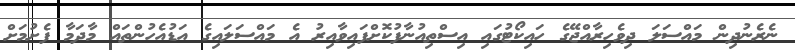
ނެރެނުދިން މައްސަލަ ދިވެހިރާއްޖޭގެ ހައިކޯޓުގައި އިސްތިއުނާފުކޮށްފައިވާއިރު އެ މައްސަލައިގެ އަޑުއެހުންތައް މާދަމާ ފެށުމަށް